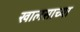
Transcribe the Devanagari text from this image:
खालसाच्या